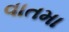
વાતમા